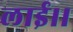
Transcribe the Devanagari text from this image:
लाई।।